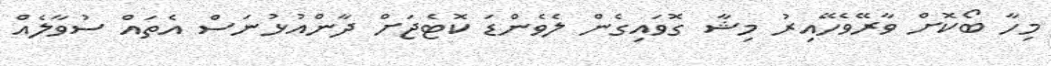
މިހާ ބޯކޮށް ވާރޭވެހޭއިރު މިޝާ ގޮވައިގެން ލެވެންޑަ ކޮޓެޖަށް ދާންއުޅުނަސް އެތައް ސުވާލެއް